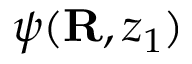
\psi ( { \bf R } , z _ { 1 } )